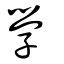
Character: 學